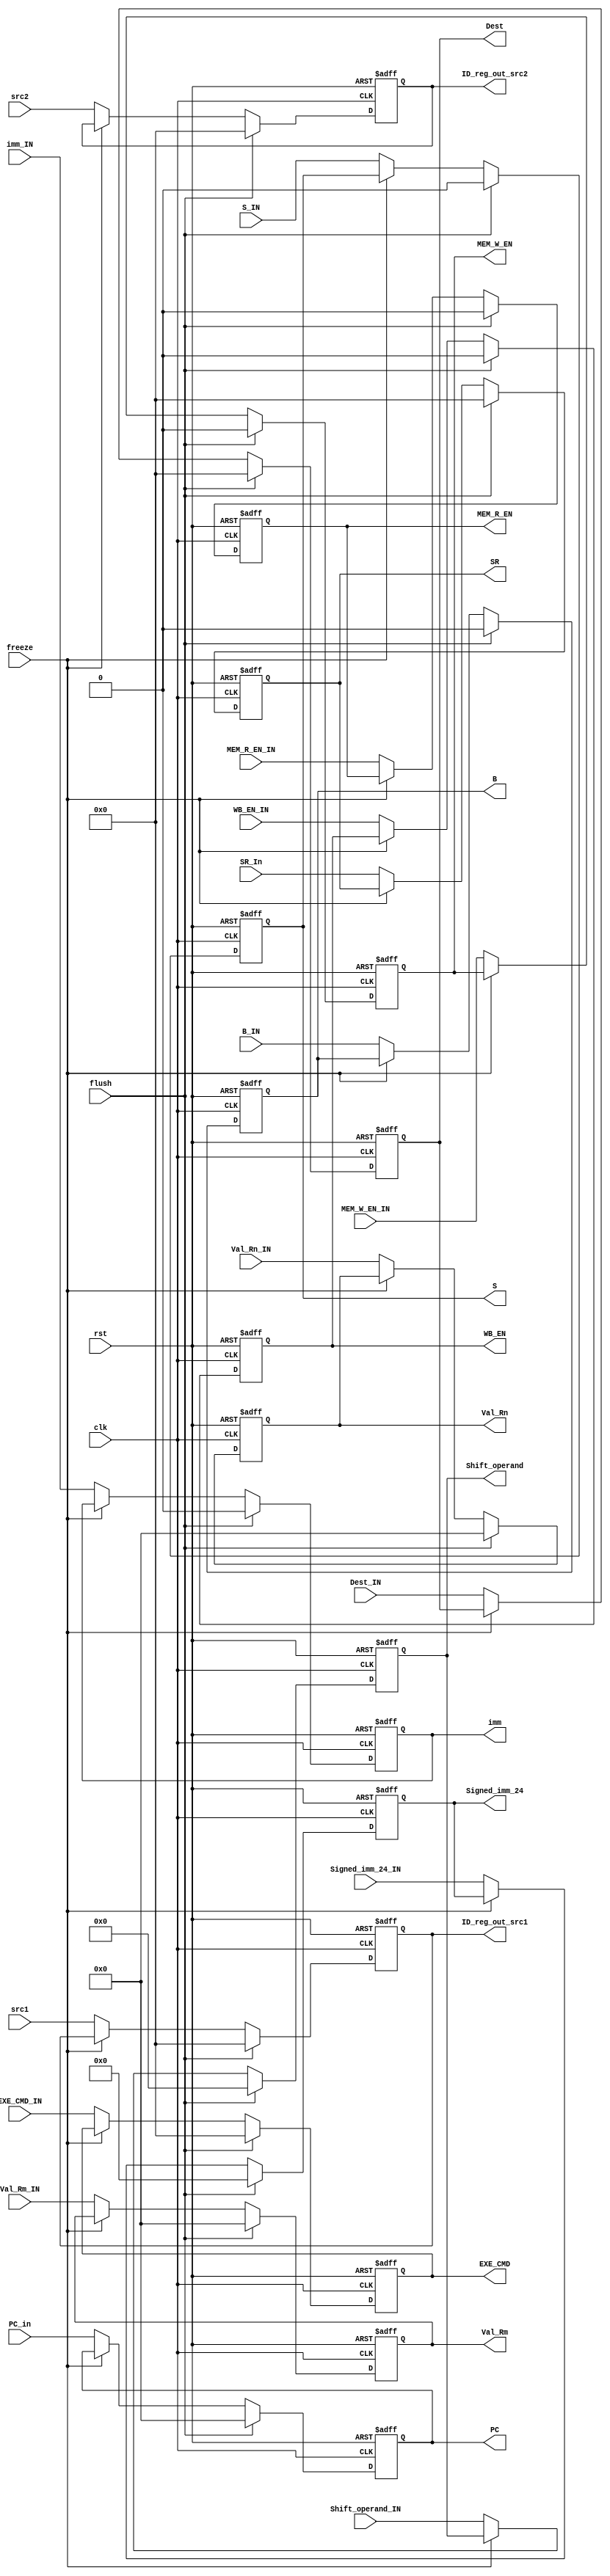
module ID_Stage_Reg(
  input clk, rst, flush,
  input WB_EN_IN, MEM_R_EN_IN, MEM_W_EN_IN,
  input B_IN, S_IN,
  input[3:0] EXE_CMD_IN, src1, src2,
  input[31:0] PC_in,
  input[31:0] Val_Rn_IN, Val_Rm_IN,
  input imm_IN,
  input[11:0] Shift_operand_IN,
  input[23:0] Signed_imm_24_IN,
  input[3:0] Dest_IN,
  input[3:0] SR_In,
  input freeze,

  output reg WB_EN, MEM_R_EN, MEM_W_EN, B, S,
  output reg[3:0] EXE_CMD,
  output reg[31:0] Val_Rm, Val_Rn,
  output reg imm,
  output reg[11:0] Shift_operand,
  output reg[23:0] Signed_imm_24,
  output reg[3:0] Dest,
  output reg[3:0] SR, ID_reg_out_src1, ID_reg_out_src2,
  output reg[31:0] PC
);

  always@(posedge clk, posedge rst) begin
    if(rst) begin
      PC <= 0; Dest <= 0; Signed_imm_24 <= 0; Shift_operand <= 0; imm <= 0; Val_Rm <= 0; Val_Rn <= 0;
      EXE_CMD <= 0; WB_EN <=0; MEM_R_EN <= 0; MEM_W_EN <= 0; B <= 0; S <= 0; SR <= 0;
      ID_reg_out_src1 <= 0; ID_reg_out_src2 <= 0;
    end
	 else if (flush) begin
		PC <= 0; Dest <= 0; Signed_imm_24 <= 0; Shift_operand <= 0; imm <= 0; Val_Rm <= 0; Val_Rn <= 0;
      EXE_CMD <= 0; WB_EN <=0; MEM_R_EN <= 0; MEM_W_EN <= 0; B <= 0; S <= 0; SR <= 0;
      ID_reg_out_src1 <= 0; ID_reg_out_src2 <= 0;
	 end
    else begin
      if(~freeze) begin
        PC <= PC_in; Dest <= Dest_IN; Signed_imm_24 <= Signed_imm_24_IN; Shift_operand <= Shift_operand_IN; imm <= imm_IN; Val_Rm <= Val_Rm_IN; Val_Rn <= Val_Rn_IN;
        EXE_CMD <= EXE_CMD_IN; WB_EN <=WB_EN_IN; MEM_R_EN <= MEM_R_EN_IN; MEM_W_EN <= MEM_W_EN_IN; B <= B_IN; S <= S_IN; SR <= SR_In;
        ID_reg_out_src1 <= src1; ID_reg_out_src2 <= src2;
      end
   end
  end

endmodule